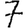
Digit: 7